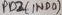
Text: PB2